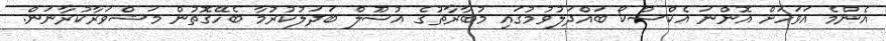
އެންމެ އަވަހަށް އޮންނަ އެކްސްކޯ ބައްދަލުވުމުގައި މުބާރާތުގެ އުސޫލް ބަދަލުކުރުމާ ބެހޭގޮތުން މަޝްވަރާކުރާނަން.